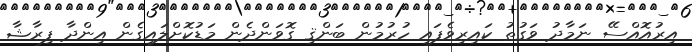
އިރުއޮއްސޭ ނަމާދު ވަގުތު ކައިރިވެފައި ހުރުމުން ބަންޤި ގޮވަންދެން މަޑުކޮށްލައިގެން އިންދާ ފިރާޝާ